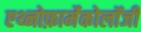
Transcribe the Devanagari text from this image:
एथ्नोफ़ार्मेकोलॉजी